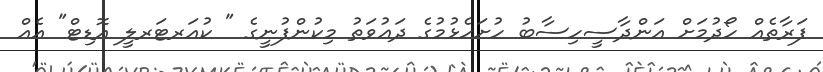
ފަރާތެއް ހޯދުމަށް އަންދާސީހިސާބު ހުށަހެޅުމުގެ ދަޢުވަތު މިކުންފުނީގެ " ކުއަރޓަރލީ އޮޑިޓް" އެއް